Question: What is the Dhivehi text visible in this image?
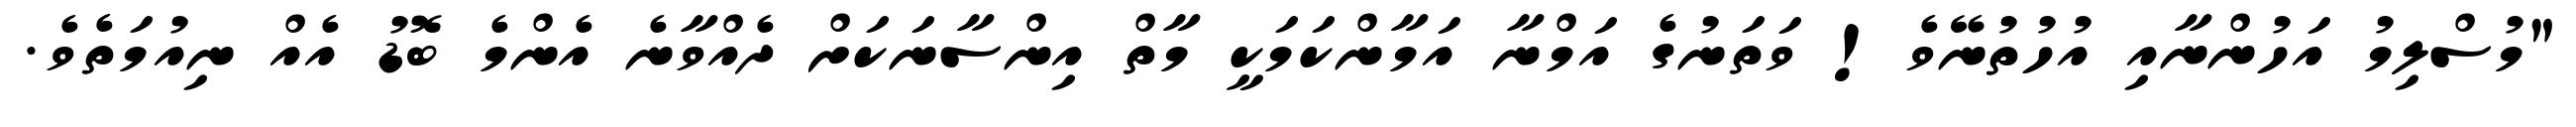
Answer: "މުސްލިމު އަހުންނާއި އުހުތުނޭވެ! ވަތަނުގެ އަމްނާ އަމާންކަމަކީ މާތް އިންސާނަކަށް ދެއްވާނެ އެންމެ ބޮޑު އެއް ނިއުމަތެވެ.